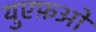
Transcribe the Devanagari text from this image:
युएफ़ओ